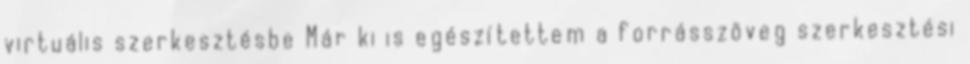
virtuális szerkesztésbe Már ki is egészítettem a forrásszöveg szerkesztési